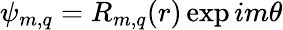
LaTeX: \psi_{m,q}=R_{m,q}(r)\exp{im\theta}